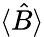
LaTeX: \langle{\hat{B}}\rangle